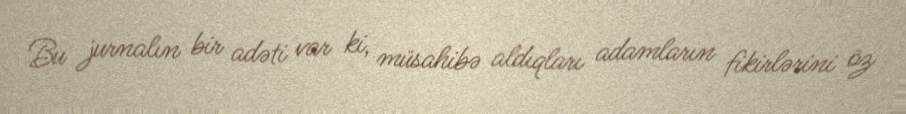
Bu jurnalın bir adəti var ki, müsahibə aldıqları adamların fikirlərini öz